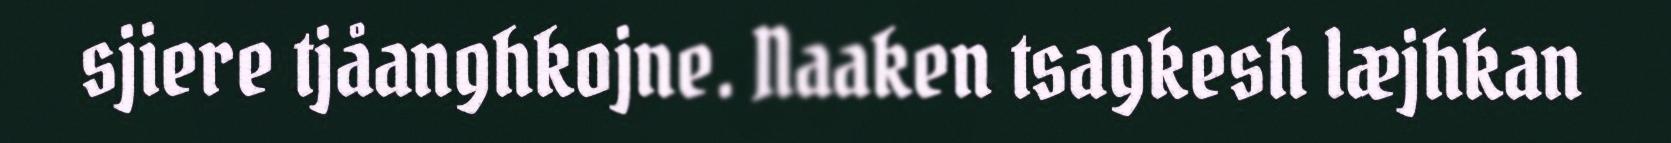
sjiere tjåanghkojne. Naaken tsagkesh læjhkan